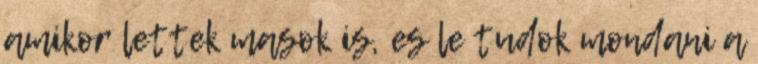
amikor lettek masok is, es le tudok mondani a